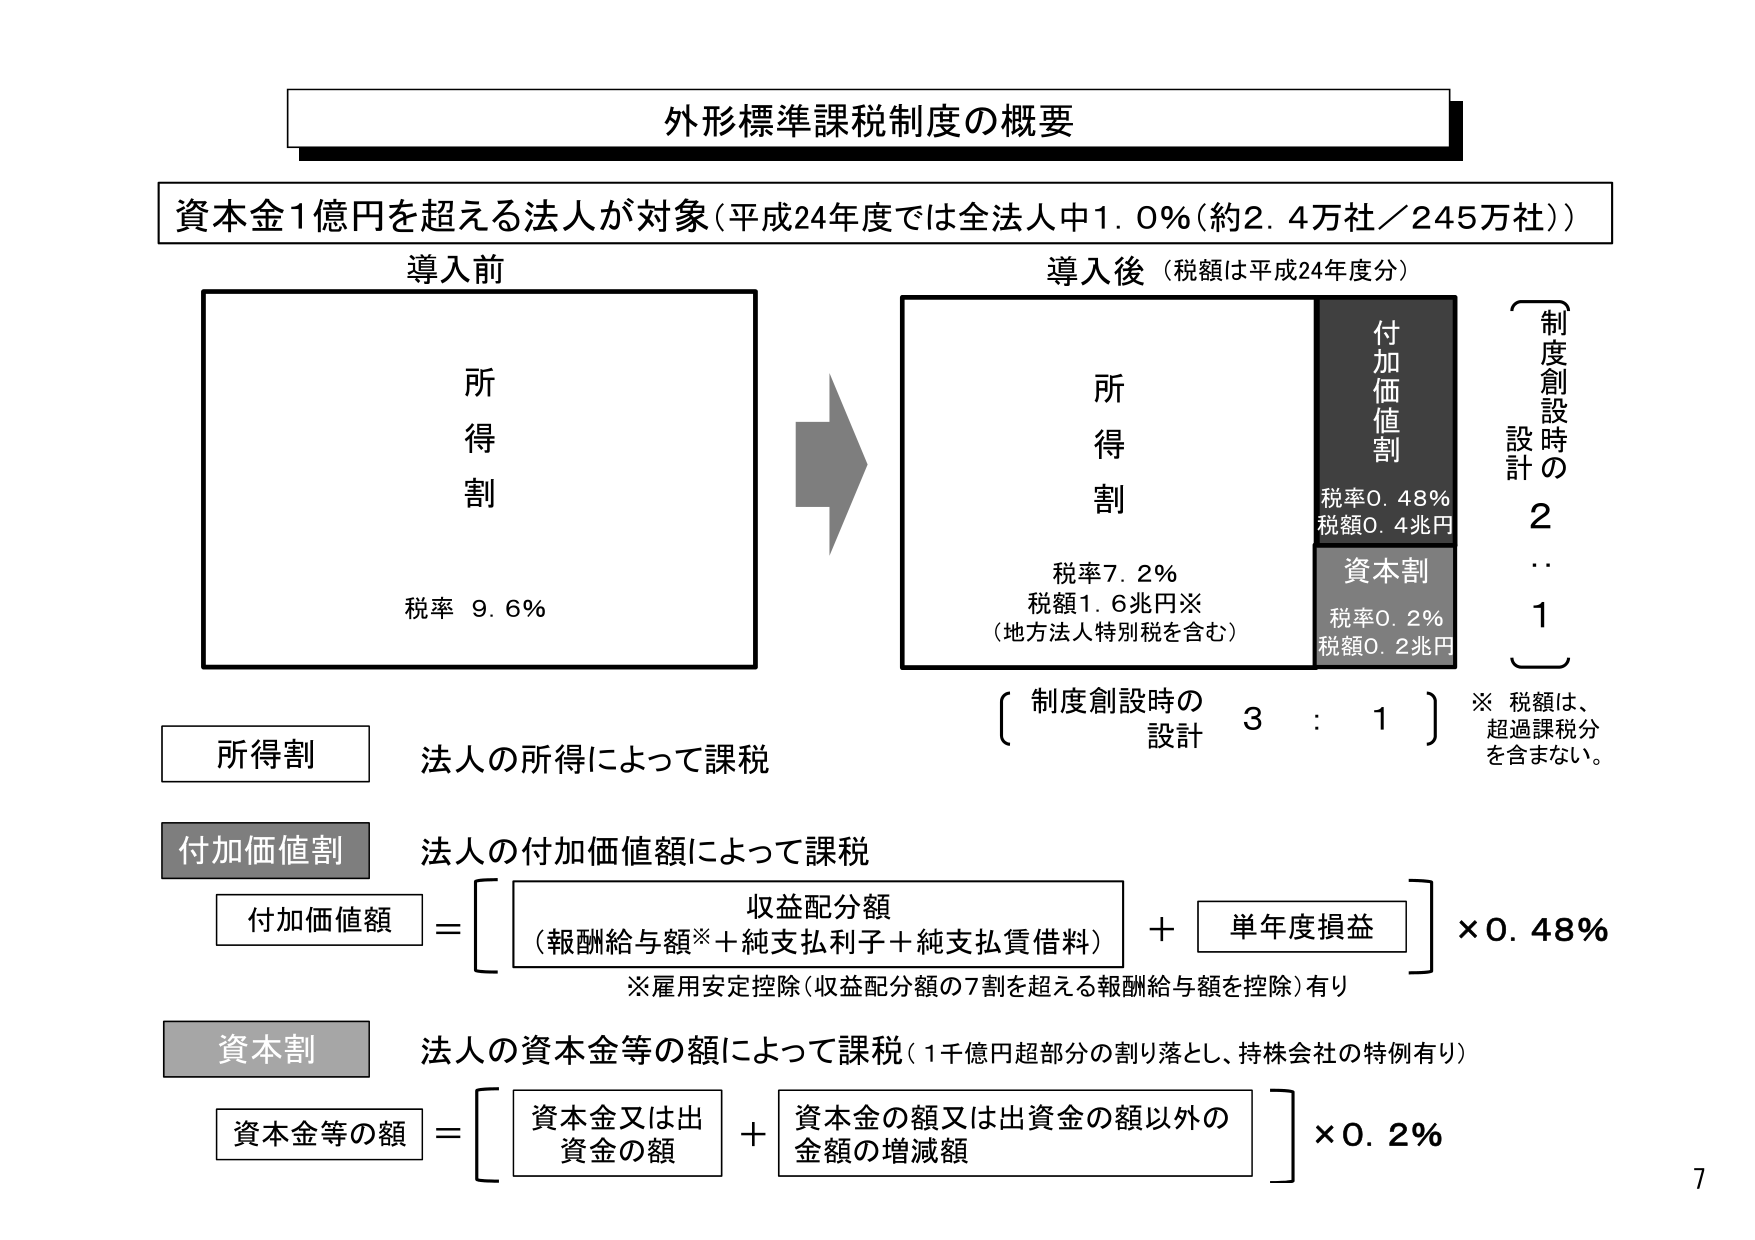
外形標準課税制度の概要

資本金1億円を超える法人が対象（平成24年度では全法人中1.0%（約2.4万社／245万社））

導入前
所得割
税率 9.6%

導入後（税額は平成24年度分）
所得割
税率7.2%
税額1.6兆円※
（地方法人特別税を含む）

付加価値割
税率0.48%
税額0.4兆円

資本割
税率0.2%
税額0.2兆円

制度創設時の設計
2
…
1

制度創設時の設計 3 : 1

※ 税額は、超過課税分を含まない。

所得割
法人の所得によって課税

付加価値割
法人の付加価値額によって課税
付加価値額 = [収益配分額（報酬給与額※＋純支払利子＋純支払賃借料）＋単年度損益] ×0.48%
※雇用安定控除（収益配分額の7割を超える報酬給与額を控除）有り

資本割
法人の資本金等の額によって課税（1千億円超部分の割り落とし、持株会社の特例有り）
資本金等の額 = [資本金又は出資金の額＋資本金の額又は出資金の額以外の金額の増減額] ×0.2%

7